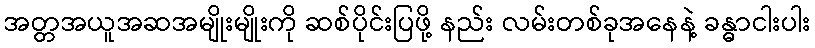
အတ္တအယူအဆအမျိုးမျိုးကို ဆစ်ပိုင်းပြဖို့ နည်း လမ်းတစ်ခုအနေနဲ့ ခန္ဓာငါးပါး